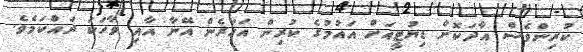
ކުރިންވެސް އާދަކޮށް ޑިޔުޓީއަށް އައުމުގެ ކުރިން އަހަރެން އޭނާ އާއި ވާހަކަ ދައްކަމެވެ.